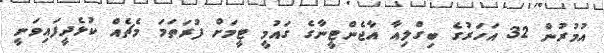
އުމުރުން 32 އަހަރުގެ ބިގްލިއާ އާޖެންޓީނާގެ ގައުމީ ޓީމަށް ފުރަތަމަ މެޗެއް ކުޅެދީފައިވަނީ